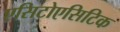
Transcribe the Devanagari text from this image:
एसिटोएसिटिक